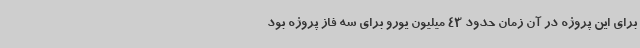
برای این پروژه در آن زمان حدود 43 میلیون یورو برای سه فاز پروژه بود